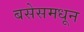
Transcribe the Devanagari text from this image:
बसेसमधून